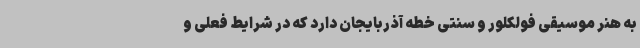
به هنر موسیقی فولکلور و سنتی خطه آذربایجان دارد که در شرایط فعلی و